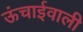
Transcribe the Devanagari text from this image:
ऊंचाईवाली